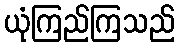
ယုံကြည်ကြသည်